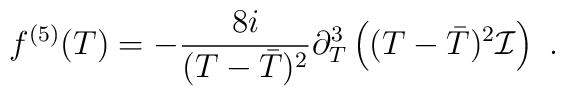
f^{(5)}(T) = -\frac{8i}{(T- \bar{T})^{2}} \partial_{T}^{3} \left( (T-\bar{T})^{2} {\cal I} \right)\ .